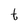
Character: t